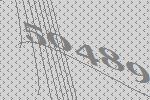
50489